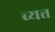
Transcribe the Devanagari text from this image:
व्यत्त